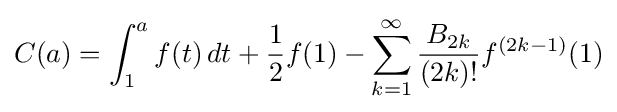
C(a)=\int _{1}^{a}f(t)\,dt+{\frac {1}{2}}f(1)-\sum _{k=1}^{\infty }{\frac {B_{2k}}{(2k)!}}f^{(2k-1)}(1)